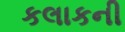
કલાકની